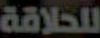
للحلاقة